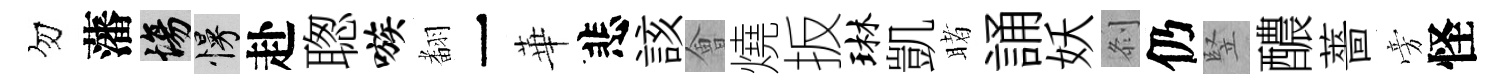
勿藩場慢赴聦嗾𮋒一華悲該㑹燒扳琳凱睹誦妖𠛴仍竪醲薔旁怪